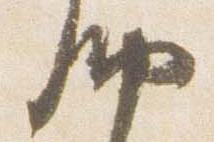
納